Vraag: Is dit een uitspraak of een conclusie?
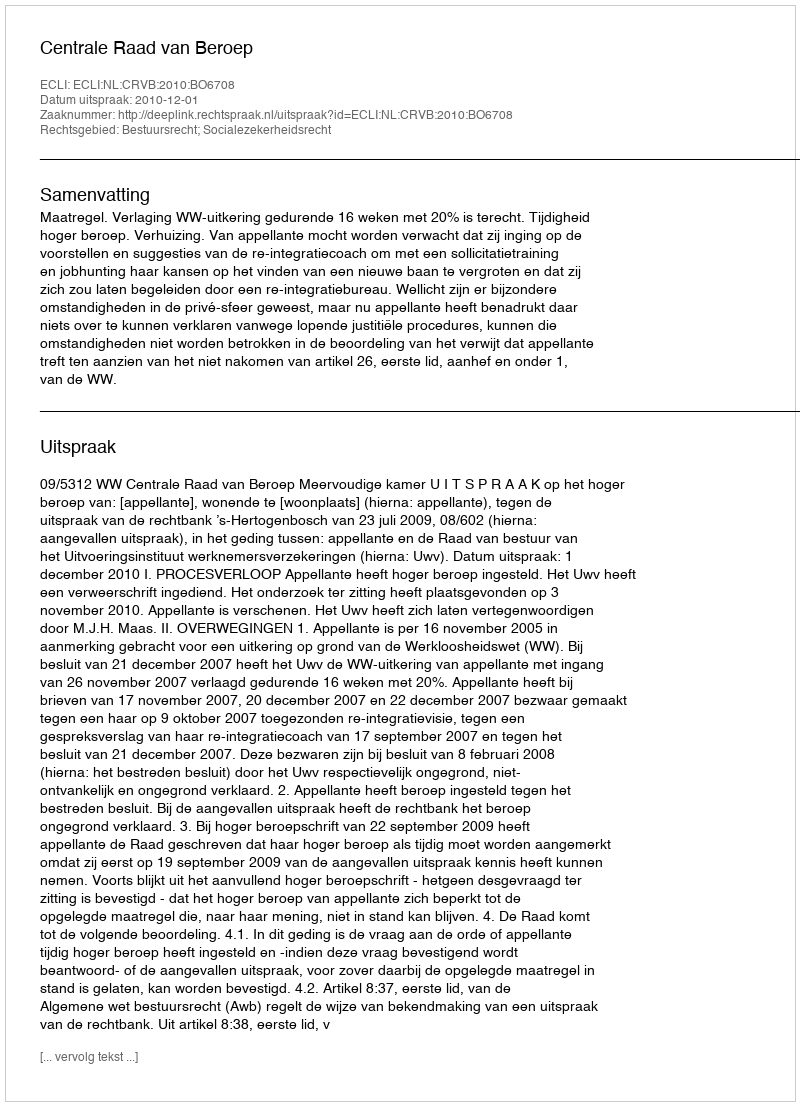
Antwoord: Uitspraak